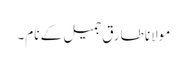
مولانا طارق جمیل کے نام۔